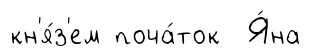
кн'я́з'ем поча́ток Я́на